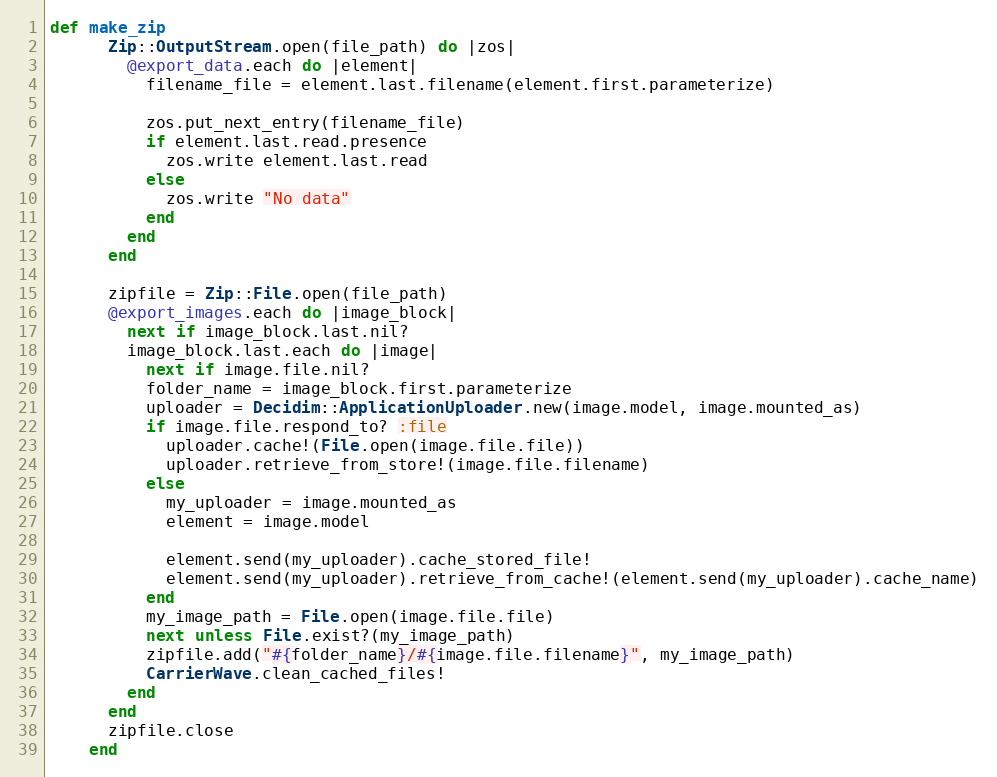
Language: Ruby
def make_zip
      Zip::OutputStream.open(file_path) do |zos|
        @export_data.each do |element|
          filename_file = element.last.filename(element.first.parameterize)

          zos.put_next_entry(filename_file)
          if element.last.read.presence
            zos.write element.last.read
          else
            zos.write "No data"
          end
        end
      end

      zipfile = Zip::File.open(file_path)
      @export_images.each do |image_block|
        next if image_block.last.nil?
        image_block.last.each do |image|
          next if image.file.nil?
          folder_name = image_block.first.parameterize
          uploader = Decidim::ApplicationUploader.new(image.model, image.mounted_as)
          if image.file.respond_to? :file
            uploader.cache!(File.open(image.file.file))
            uploader.retrieve_from_store!(image.file.filename)
          else
            my_uploader = image.mounted_as
            element = image.model

            element.send(my_uploader).cache_stored_file!
            element.send(my_uploader).retrieve_from_cache!(element.send(my_uploader).cache_name)
          end
          my_image_path = File.open(image.file.file)
          next unless File.exist?(my_image_path)
          zipfile.add("#{folder_name}/#{image.file.filename}", my_image_path)
          CarrierWave.clean_cached_files!
        end
      end
      zipfile.close
    end